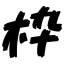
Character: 枠